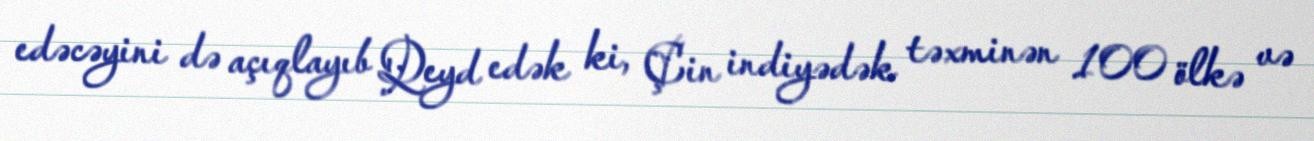
edəcəyini də açıqlayıb Qeyd edək ki, Çin indiyədək təxminən 100 ölkə və